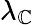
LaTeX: \lambda_{\mathbb{C}}